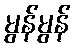
မွန်မွန်